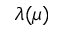
\lambda ( \mu )